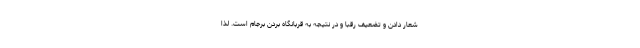
شعار دادن و تضعيف رقبا و در نتيجه به قربانگاه بردن برجام است. لذا